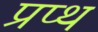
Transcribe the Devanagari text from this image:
प्रप्थ